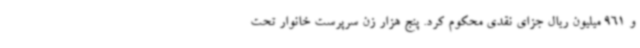
و 961 میلیون ریال جزای نقدی محکوم کرد. پنج هزار زن سرپرست خانوار تحت